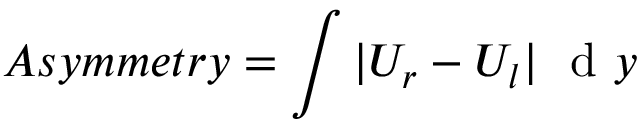
A s y m m e t r y = \int \vert U _ { r } - U _ { l } \vert ~ \mathrm { ~ d ~ } y